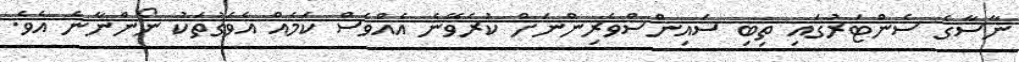
ނާސާގެ ސެންޓަރުގައި ތިބި ސައިންސްވެރިންނަށް ކުރެވޭނެ އެއްވެސް ކަމެއް އެވަގުތަކު ނޯންނާނެ އެވެ.